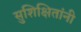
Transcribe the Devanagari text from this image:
सुशिक्षितांनी